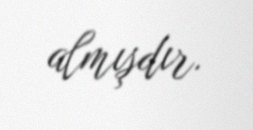
almışdır.